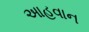
આહવાન